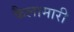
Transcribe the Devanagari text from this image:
कैलामारी